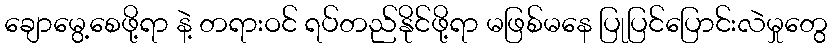
ချောမွေ့စေဖို့ရာ နဲ့ တရားဝင် ရပ်တည်နိုင်ဖို့ရာ မဖြစ်မနေ ပြုပြင်ပြောင်းလဲမှုတွေ